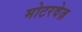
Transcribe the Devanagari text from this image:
मोटरवेज़